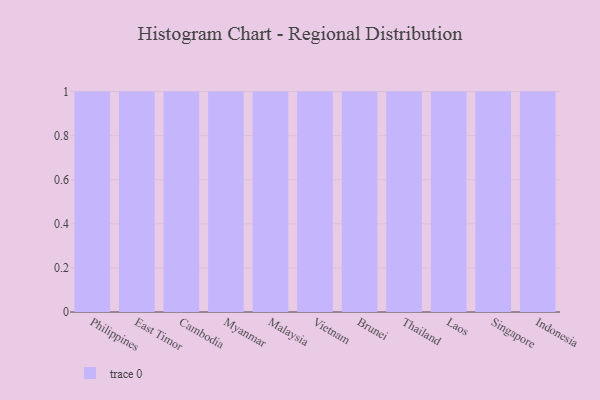
{"axis": {"x": "Country", "y": "Satisfaction Score"}, "legend": [""], "data": [{"x": "Philippines", "y": 70, "type": ""}, {"x": "East Timor", "y": 22, "type": ""}, {"x": "Cambodia", "y": 30, "type": ""}, {"x": "Myanmar", "y": 67, "type": ""}, {"x": "Malaysia", "y": 15, "type": ""}, {"x": "Vietnam", "y": 13, "type": ""}, {"x": "Brunei", "y": 12, "type": ""}, {"x": "Thailand", "y": 60, "type": ""}, {"x": "Laos", "y": 100, "type": ""}, {"x": "Singapore", "y": 68, "type": ""}, {"x": "Indonesia", "y": 71, "type": ""}]}